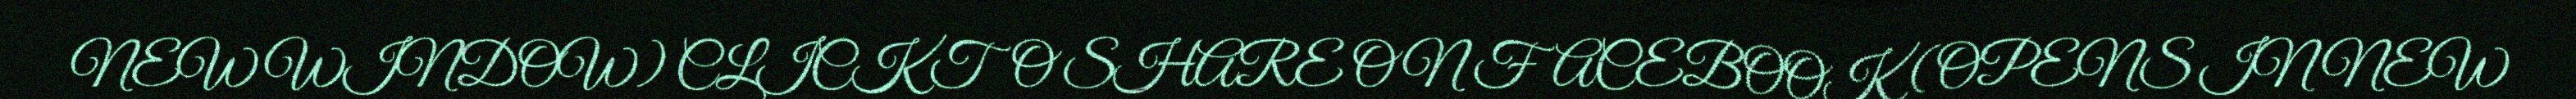
NEW WINDOW) CLICK TO SHARE ON FACEBOOK (OPENS IN NEW